Lunatic asylums Bombay report 1878-1890 - 1878-1890
Year: 1878
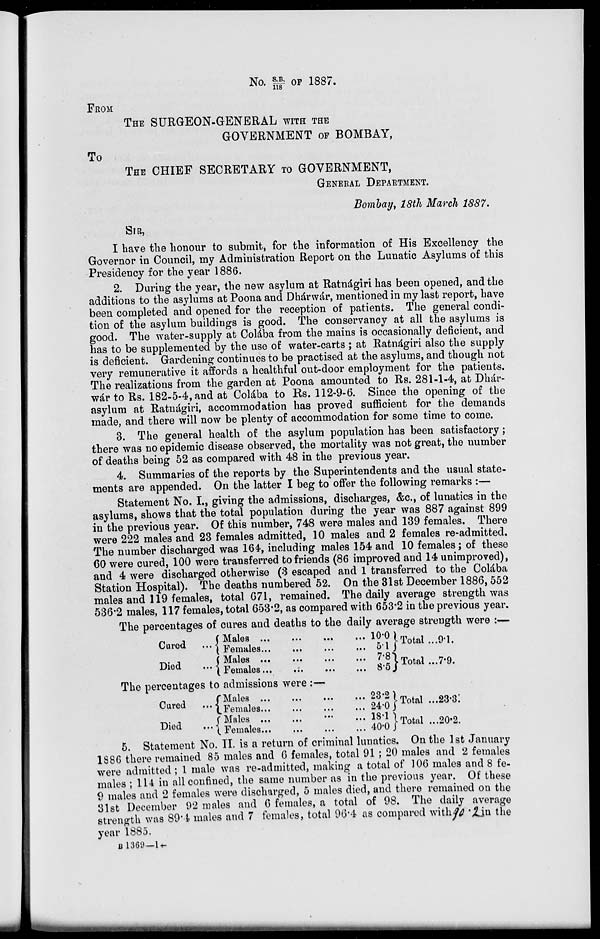
No. S.B./118 OF 1887.
FROM
THE SURGEON-GENERAL WITH THE
GOVERNMENT OF BOMBAY,
To
THE CHIEF SECRETARY TO GOVERNMENT,
GENERAL DEPARTMENT.
Bombay, 18th March 1887.
SIR,
I have the honour to submit, for the information of His Excellency the
Governor in Council, my Administration Report on the Lunatic Asylums of this
Presidency for the year 1886.
2. During the year, the new asylum at Ratnágiri has been opened, and the
additions to the asylums at Poona and Dhárwár, mentioned in my last report, have
been completed and opened for the reception of patients. The general condi-
tion of the asylum buildings is good. The conservancy at all the asylums is
good. The water-supply at Colába from the mains is occasionally deficient, and
has to be supplemented by the use of water-carts ; at Ratnágiri also the supply
is deficient. Gardening continues to be practised at the asylums, and though not
very remunerative it affords a healthful out-door employment for the patients.
The realizations from the garden at Poona amounted to Rs. 281-1-4, at Dhár-
wár to Rs. 182-5-4, and at Colába to Rs. 112-9-6. Since the opening of the
asylum at Ratnágiri, accommodation has proved sufficient for the demands
made, and there will now be plenty of accommodation for some time to come.
3. The general health of the asylum population has been satisfactory;
there was no epidemic disease observed, the mortality was not great, the number
of deaths being 52 as compared with 48 in the previous year.
4. Summaries of the reports by the Superintendents and the usual state-
ments are appended. On the latter I beg to offer the following remarks :—
Statement No. I., giving the admissions, discharges, &c., of lunatics in the
asylums, shows that the total population during the year was 887 against 899
in the previous year. Of this number, 748 were males and 139 females. There
were 222 males and 23 females admitted, 10 males and 2 females re-admitted.
The number discharged was 164, including males 154 and 10 females; of these
60 were cured, 100 were transferred to friends (86 improved and 14 unimproved),
and 4 were discharged otherwise (3 escaped and 1 transferred to the Colába
Station Hospital). The deaths numbered 52. On the 31st December 1886,552
males and 119 females, total 671, remained. The daily average strength was
536.2 males, 117 females, total 653.2, as compared with 653.2 in the previous year.
The percentages of cures and deaths to the daily average strength were :—
Cured ...
Died ...
Males ... ... ... ...
Females
...
...
...
...
Males
...
...
...
...
Females
...
...
...
...
10.0
5.1
7.8
8.5
Total ...
Total ...
9.1.
7.9.
The percentages to
Cured
...
Died
...
admissions were:—
Males
...
...
...
...
Females
...
...
...
...
Males ... ... ... ...
Females
...
...
...
...
23.2
24.0
18.1
40.0
Total ...
Total ...
23.3.
20.2.
5. Statement No. II. is a return of criminal lunatics. On the 1st January
1886 there remained 85 males and 6 females, total 91 ; 20 males and 2 females
were admitted ; 1 male was re-admitted, making a total of 106 males and 8 fe-
males ; 114 in all confined, the same number as in the previous year. Of these
9 males and 2 females were discharged, 5 males died, and there remained on the
31st December 92 males and 6 females, a total of 98. The daily average
strength was 89.4 males and 7 females, total 96.4 as compared with 90.2 in the
year 1885.
B 1369—1